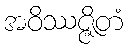
အဝိဿဇ္ဇိတံ